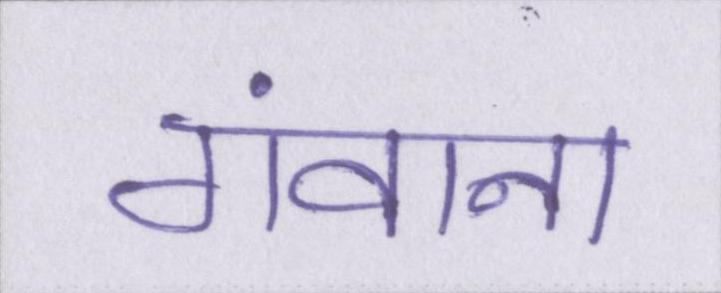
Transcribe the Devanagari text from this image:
गंवाना